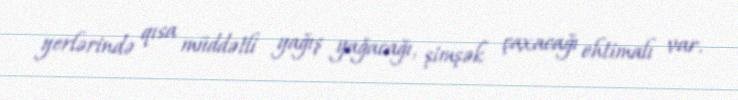
yerlərində qısa müddətli yağış yağacağı, şimşək çaxacağı ehtimalı var.